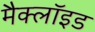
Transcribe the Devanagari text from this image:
मैक्लॉइड